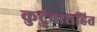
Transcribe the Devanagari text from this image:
कुटुंबासहित